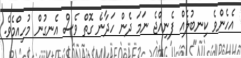
އެހެންވެ ކިނބުލެއް ފެނިއްޖެ ނަމަ ދެން ހަދާނެ ގޮތް ވެސް އެނގުން މުހިއްމެވެ.